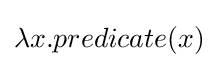
\lambda x.predicate(x)